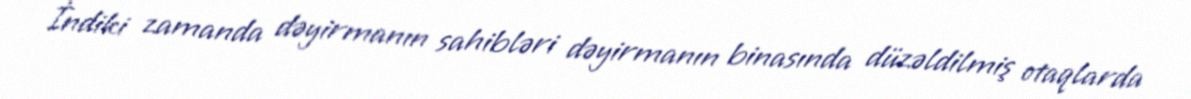
İndiki zamanda dəyirmanın sahibləri dəyirmanın binasında düzəldilmiş otaqlarda